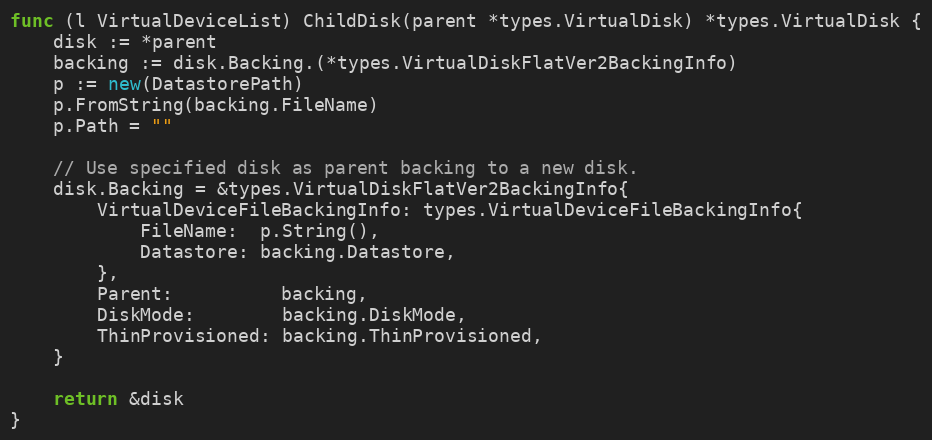
Language: Go
func (l VirtualDeviceList) ChildDisk(parent *types.VirtualDisk) *types.VirtualDisk {
	disk := *parent
	backing := disk.Backing.(*types.VirtualDiskFlatVer2BackingInfo)
	p := new(DatastorePath)
	p.FromString(backing.FileName)
	p.Path = ""

	// Use specified disk as parent backing to a new disk.
	disk.Backing = &types.VirtualDiskFlatVer2BackingInfo{
		VirtualDeviceFileBackingInfo: types.VirtualDeviceFileBackingInfo{
			FileName:  p.String(),
			Datastore: backing.Datastore,
		},
		Parent:          backing,
		DiskMode:        backing.DiskMode,
		ThinProvisioned: backing.ThinProvisioned,
	}

	return &disk
}